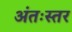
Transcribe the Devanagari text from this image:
अंतःस्तर